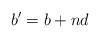
LaTeX: \begin{align*}b'=b+nd\end{align*}